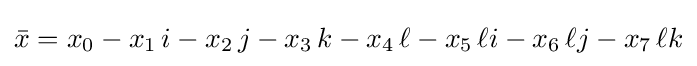
{\bar {x}}=x_{0}-x_{1}\,i-x_{2}\,j-x_{3}\,k-x_{4}\,\ell -x_{5}\,\ell i-x_{6}\,\ell j-x_{7}\,\ell k